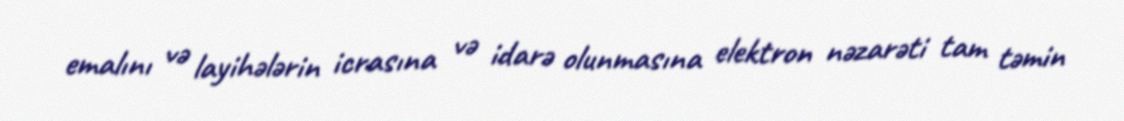
emalını və layihələrin icrasına və idarə olunmasına elektron nəzarəti tam təmin